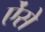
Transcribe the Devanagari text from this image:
ऐंसे